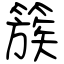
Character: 簇